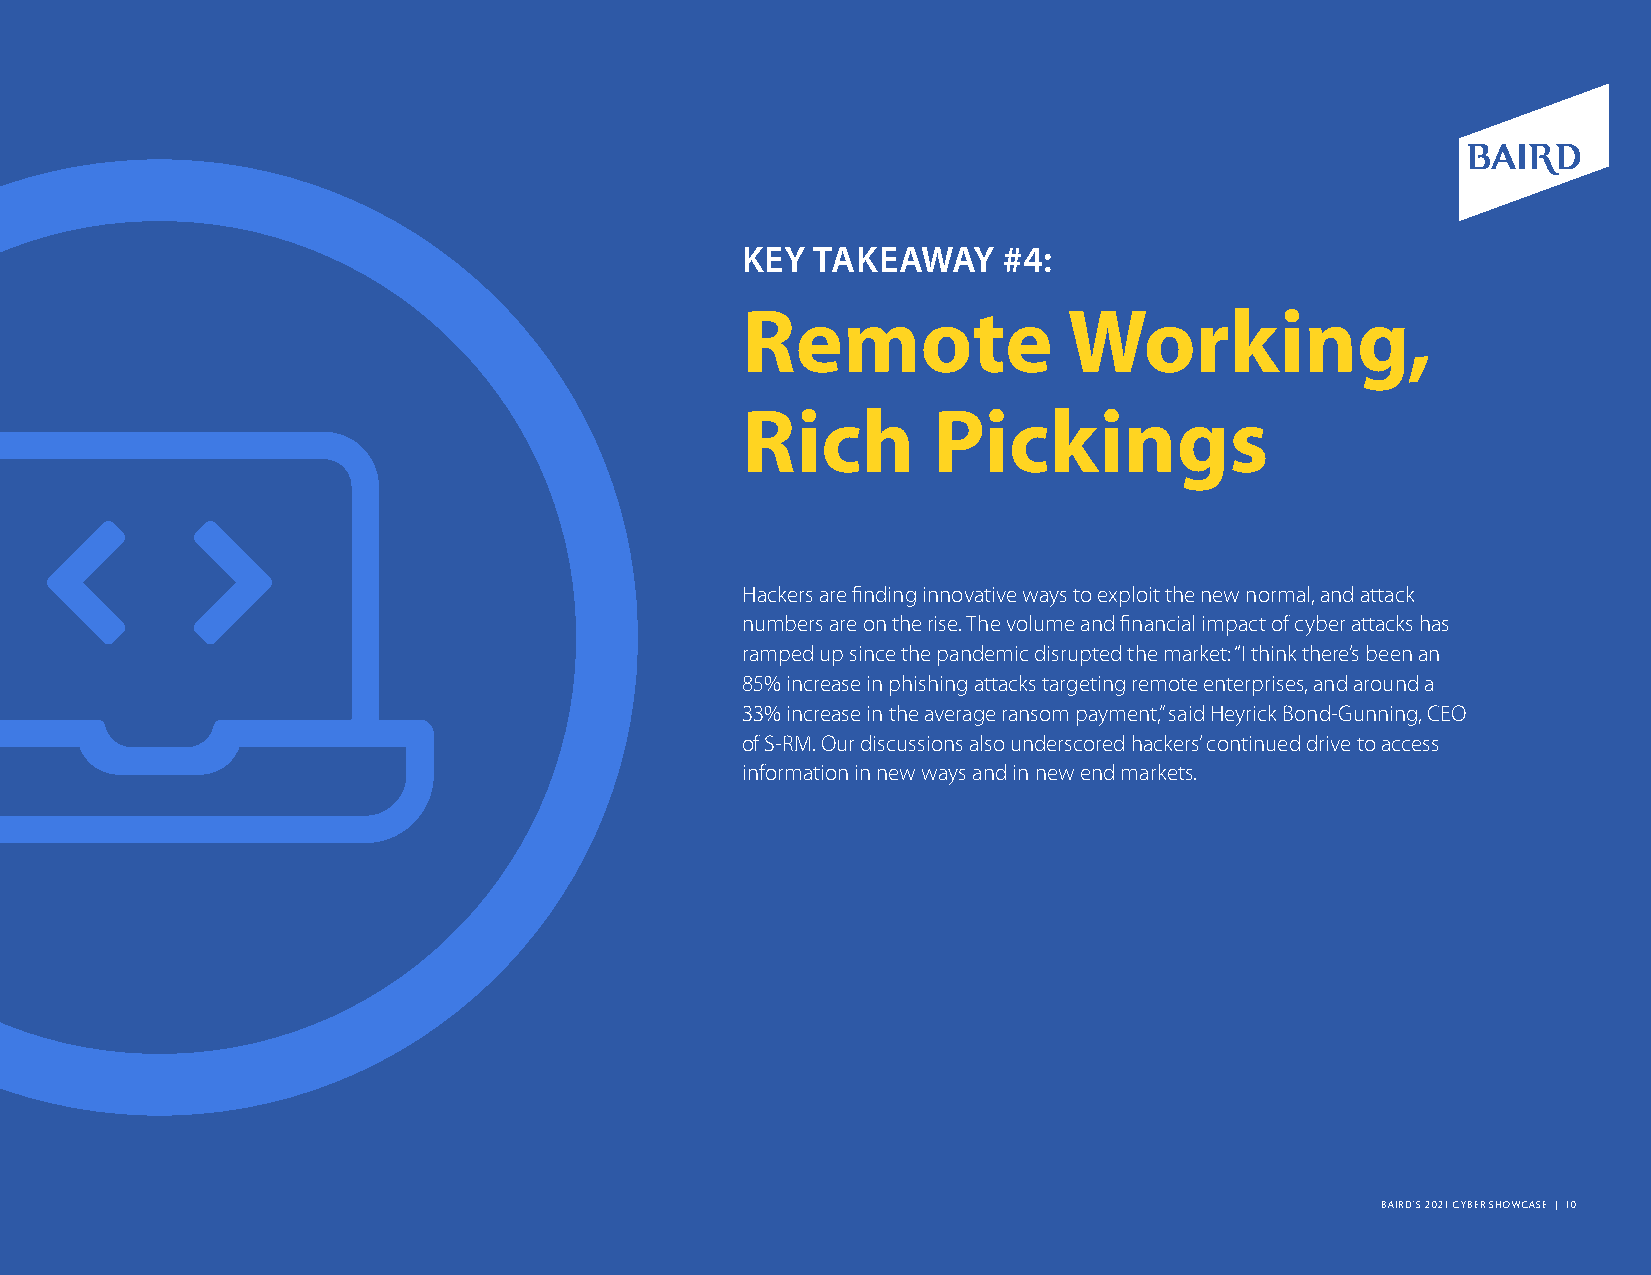
KEY  TAKEAWAY    #4:
 Remote                Working,
 Rich         Pickings
 Hackers are finding innovative ways to exploit the new normal, and attack
 numbers are on the rise. The volume and financial impact of cyber attacks has
 ramped up since the pandemic disrupted the market: “I think there’s been an
 85% increase in phishing attacks targeting remote enterprises, and around a
 33% increase in the average ransom payment,” said Heyrick Bond-Gunning, CEO
 of S-RM. Our discussions also underscored hackers’ continued drive to access
 information in new ways and in new end markets.
 BAIRD’S 2021 CYBER SHOWCASE | 10